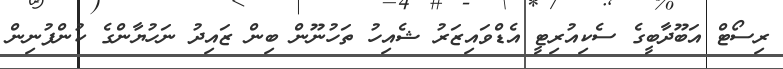
ރިސޯޓް އަބޫދާބީގެ ސެކިއުރިޓީ އެޑްވައިޒަރު ޝެއިހު ތަހުނޫން ބިން ޒައިދު ނަހުޔާންގެ ކުންފުނިން